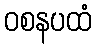
ဝစနပထံ